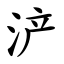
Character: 浐